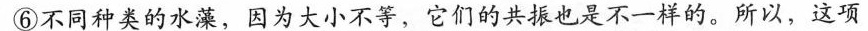
⑥不同种类的水藻，因为大小不等，它们的共振也是不一样的。所以，这项